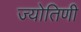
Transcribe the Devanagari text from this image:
ज्योतिणी